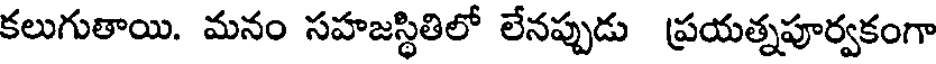
కలుగుతాయి. మనం సహజస్థితిలో లేనప్పుడు ప్రయత్నపూర్వకంగా